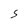
Character: S